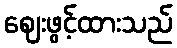
ဈေးဖွင့်ထားသည်